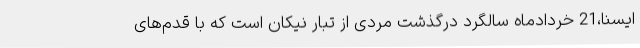
ایسنا،21 خردادماه سالگرد درگذشت مردی از تبار نیکان است که با قدم‌های